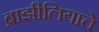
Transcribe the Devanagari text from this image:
ब्राझीलियाचे